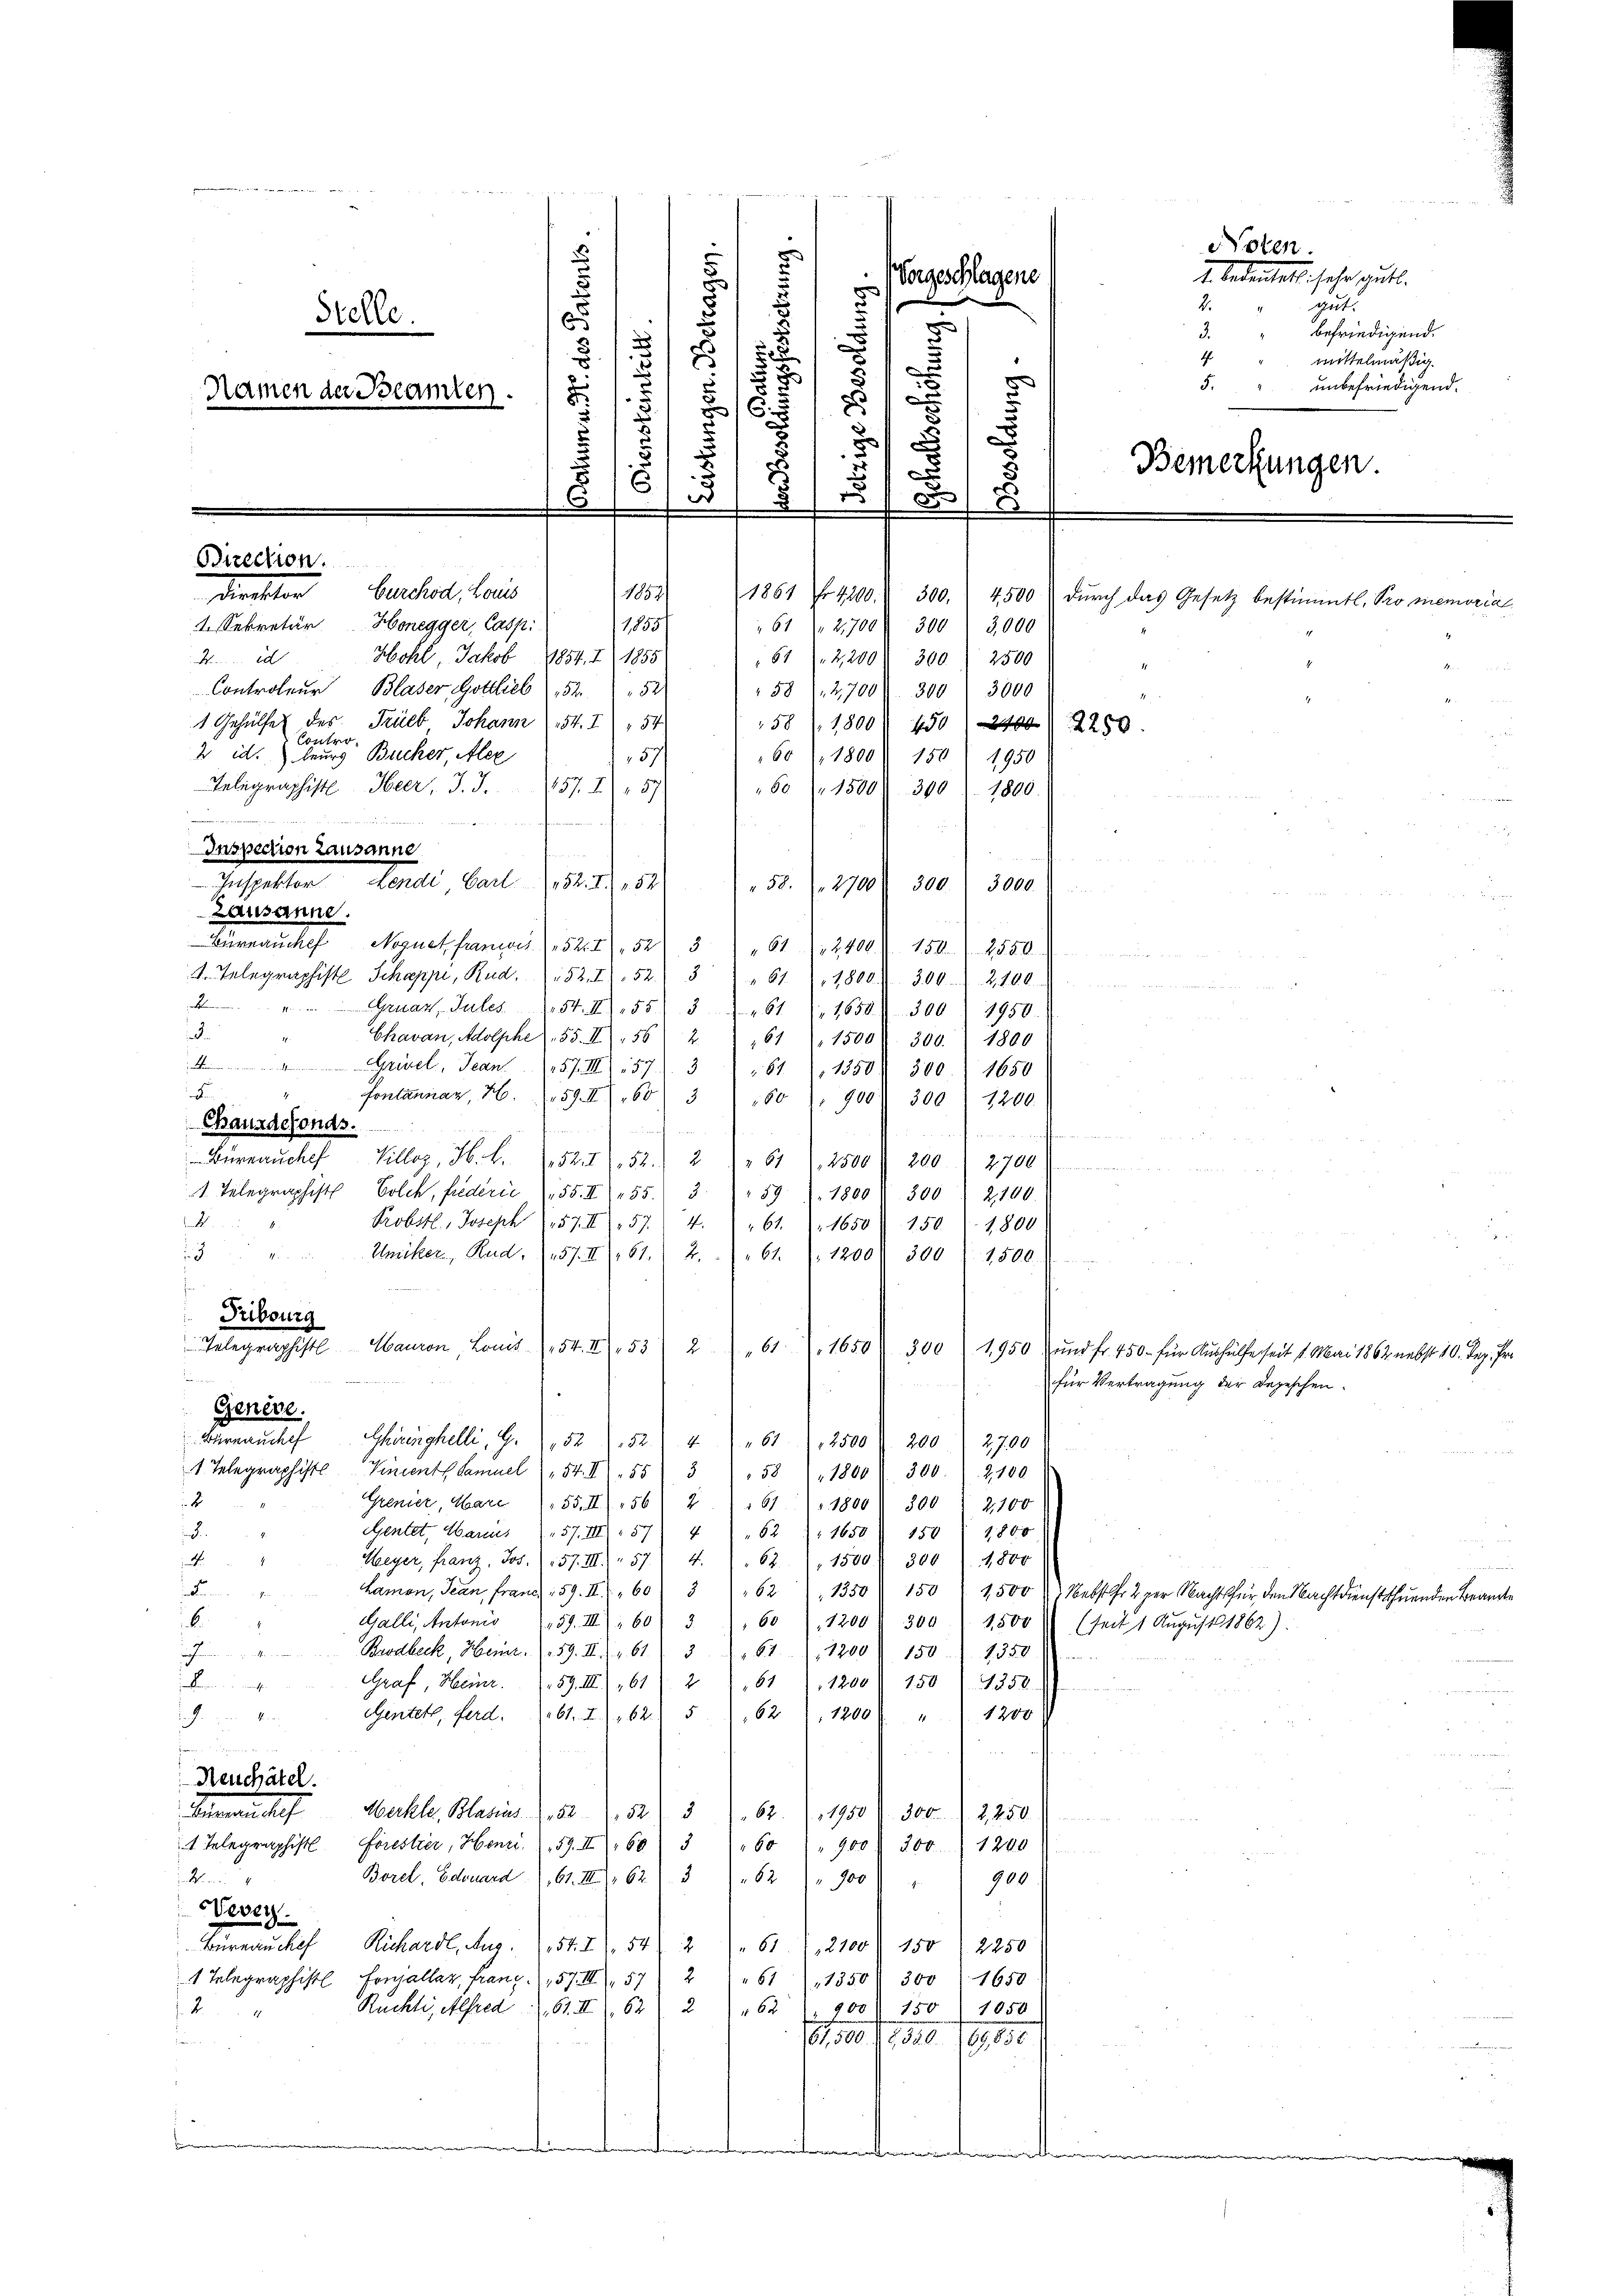
g
e

s
Noten.
Morgeschlagene
¬
f
2.
d
s
Stelle.
e
3.
5
.
4
e
unbefriedigend.
5.
u
Namen der Beamten.
d
16.
)
2)
u
¬
.
5
Bemerkungen.
6
.
x
5
2
.
e
.
4
Direction.
Direktor Curchod, Louis
1821
1861 fr 4200. 300. 4500 durch das Gesetz bestimmtl. Promemorial
4. Sekretär Honegger, Casp.
1855/
61 Nr 2,700 f 300  3000
Hohl, Jakob 1854. I (1855
M
61 2,200. 300) 2500
Controleur Blaser, Gottlieb 152. 52
58 12,700. 300 " 3000
1 Gehülfe des Trieb Johann (154. I 54
58 / 1800. 450 2400 f 2250.
Contro
2 id.) beurs Brucker, Alex
601. 1800. 150. 1950
57/
Telegraphiste Heer, J. J. 1857 f.) " 57
"60 (1500. 300 l. 1800.

Inspection Lausanne
n
Inspektor Lendi, Carl   152. II 54
" 58. d. 2700. 300. 3000.)
Lausanne.
Bürnauchef Noguet frances 52. I 52
3
61. 2400 Z. 150. 2550.

e
. Telegraphist Schappe, Rud. 152. II 52) 3 " " 61. 1800. 300. 2100
4 Guart, Sules 154. 155) 3 " 61 (1650. 300. 1950.
d
Chavan, Adolphe 55. II 1562. 61 (1500 f 300. 1800
4, Jean (157. III 157) 3 " " 61, 1350. 300. 1650
F
Fontanier, H. 59. II 160) 3 1 60). 900. 300 " 1200.
Chauxdefonds.

Burnaucke Villeg, H. B. 152. 52. 261 2500 f 200. 2700 f
1. Telegraphist Solch, friderić 55. II 455. 3.
59). 1860) 300 " 2100.

Probstl, Joseph (57. II 57. 4. " " 61. 1650 § 150. 1800
Uniker, Rud. (157. II (161. 2. " 61 (1200) 300 " 1500.
3
Pribourg
 Telegraphistl. Hauron, Louis 54. II 53. 261. 1650
e
Genève.
Werneuches Ehrenghelli, G. 152 f. 52. 461. 2500 f 200 " 2700
1. Telegraphiste Vincent Samuel " " 54. II 55) 3 " " 58 " " 1800 " 300. 2100
Grenier, Ware (155. II) 564 " " 61. " " 1800. 300 " 2,100
2
d.
etentet, Marius (57. III 57
62), 1650 150. 1800
4
4.
Weyer, franz. Jos. 157. III.) " 57. 4.) " 62. " 1500 r. 300 1800
F
Lamon, Jean Franz 159. II 60) 3 " " 62 1350. 150 (1500 " Nebster 2 per Nacht für den Nachtdienstthuenden Beamte
6.
Galli, Antonis 159. III 60. 31, 60 (1200) 300 " 1500 (seit 1 Aŭgŭst 1862)
Brodbeck, Heim. 159. II. 161. 361, 1200 S. 150. 1350
.
be
Graf, Heinr. 159. III) 161) 261 (1200. 150 (1250.
Gentest, Ferd. 61. II 62. 51, 62, 1200 r. " 1200
.
Reuchâtel.
Büreaŭchef Merkle, Blasius 15252. 3
62 (1950 f. 300 l. 2, 250
1. Telegraphist Forestier, Henzi. 59. II 60) 5 " " 60 " " 900 " 300 1200
n
Borel, Eduard 61. III 62) 3) " 62 " " 900) " " 900
Nevey
Burnauches Richardl. Aug. 154. IV 542 " 61), 2100) 150. 2250
1 Telegraphist Fonhaller, Franz. (157. III). 572 " 61 (1350. 300 " 1650
Rückte, Alfred 61. III 62. 2 " " 62 900 150 1050
d
6,500 f., 310. 1950
be
ateinheit ein

s

)
u
F

24 x

300. 1950 und fr. 450. für Aushülfe seit 1. Mai 1862 nebst 10. Dez. Pr
für Vertragung der Depeschen.

2. bedeutelle sehr gut.
gut.
" befriedigend.
mittelmäßig.